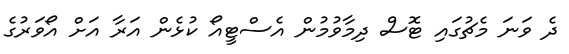
ދެ ވަނަ މެޗުގައި ޓޮސް ދިމާވުމުން އެސްޓީއޯ ކުޅެން އަރާ އަށް އޯވަރުގެ